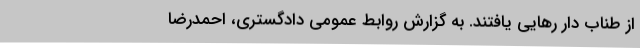
از طناب دار رهایی یافتند. به گزارش روابط عمومی دادگستری، احمدرضا